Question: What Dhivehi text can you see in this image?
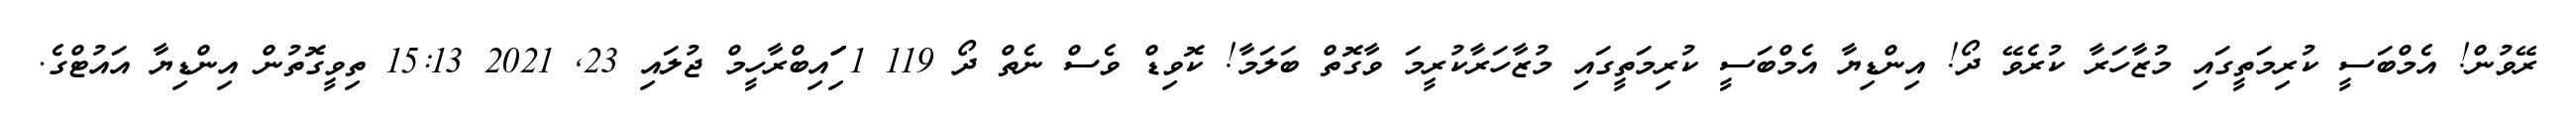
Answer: ރޭވުން! އެމްބަސީ ކުރިމަތީގައި މުޒާހަރާ ކުރެވޭ ދޯ! އިންޑިޔާ އެމްބަސީ ކުރިމަތީގައި މުޒާހަރާކުރީމަ ވާގޮތް ބަލަމާ! ކޮވިޑް ވެސް ނެތް ދޯ 119 1 ަިަަައިބްރާހީމް ޖުލައި 23, 2021 15:13 ތިވީގޮތުން އިންޑިޔާ އައުޓްގެ.